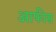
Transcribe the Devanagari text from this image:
आफीस